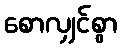
စောလျှင်စွာ